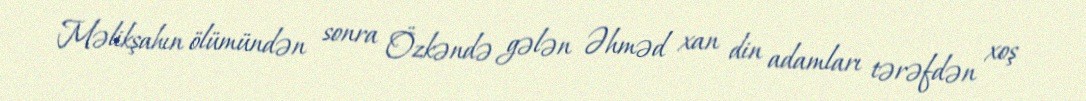
Məlikşahın ölümündən sonra Özkəndə gələn Əhməd xan din adamları tərəfdən xoş